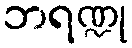
ဘရဏ္ဍု